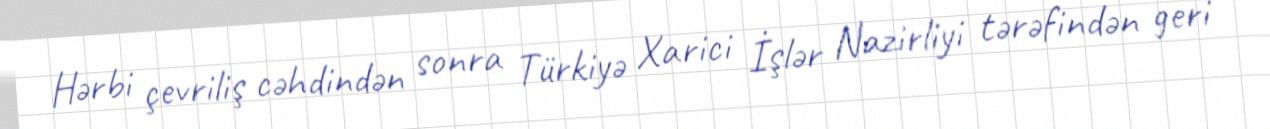
Hərbi çevriliş cəhdindən sonra Türkiyə Xarici İşlər Nazirliyi tərəfindən geri